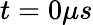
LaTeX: t=0\mu s